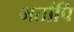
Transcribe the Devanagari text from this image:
भर्तापि